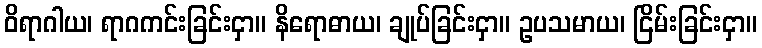
ဝိရာဂါယ၊ ရာဂကင်းခြင်းငှာ။ နိရောဓာယ၊ ချုပ်ခြင်းငှာ။ ဥပသမာယ၊ ငြိမ်းခြင်းငှာ။